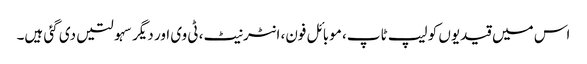
اس میں قیدیوں کو لیپ ٹاپ، موبائل فون، انٹرنیٹ، ٹی وی اور دیگر سہولتیں دی گئی ہیں۔